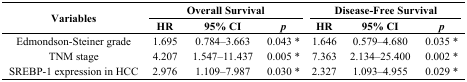
| <ROWSPAN=3> Variables | <COLSPAN=3> Overall Survival | <COLSPAN=3> Disease-Free Survival |
 | HR | 95% CI | p | HR | 95% CI | p |
 | --- | --- | --- | --- | --- | --- | --- |
 | Edmondson-Steiner grade | 1.695 | 0.784–3.663 | 0.043 * | 1.646 | 0.579–4.680 | 0.035 * |
 | TNM stage | 4.207 | 1.547–11.437 | 0.005 * | 7.363 | 2.134–25.400 | 0.002 * |
 | SREBP-1 expression in HCC | 2.976 | 1.109–7.987 | 0.030 * | 2.327 | 1.093–4.955 | 0.029 * |